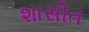
શાસીત